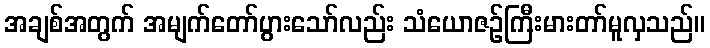
အချစ်အတွက် အမျက်တော်ပွားသော်လည်း သံယောဇဉ်ကြီးမားတာ်မူလှသည်။